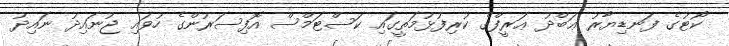
ކޯޓުގެ ފަނޑިޔާރު ޢަބްދު ޢަރީފްގެ ކުރިފުޅުމަތީގައި ކަސްޓަމްސް އޮފިސަރުންގެ ހުވައި ޖުނައިދު ނައިދު